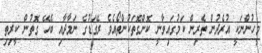
މީހުންނަކީ އުރެދުން ތެރިން ކަމުގައިވާނީ ކޮންގޮތަކުންތޯއެވެ ރޭގަޑުގެ ނަމާދާއި ބެހޭ ގޮތުން ކީރިތި